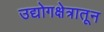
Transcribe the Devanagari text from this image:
उद्योगक्षेत्रातून